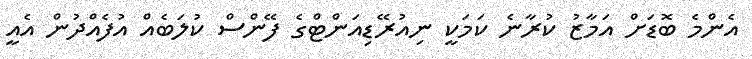
އެންމެ ބޮޑަށް އަމާޒު ކުރާނެ ކަމަކީ ނިއުރޭޑިއަންޓްގެ ފޭންސް ކުލަބެއް އުފެއްދުން އެއީ